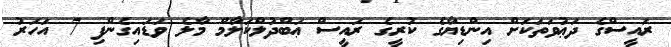
ރައީސްގެ ދަޢުވަތަކަށް އިންޑިޔާގެ ކުރީގެ ރައީސް ޢަބްދުލްކަލާމް މާލެ ވަޑައިގެންފި 7 އަހަރު